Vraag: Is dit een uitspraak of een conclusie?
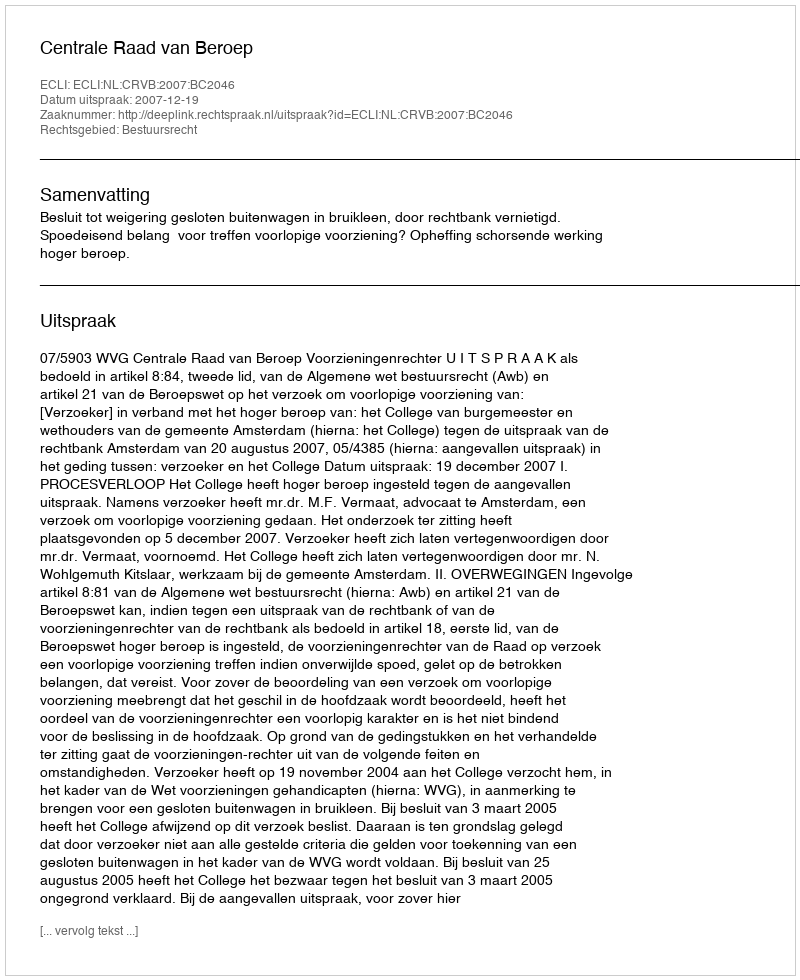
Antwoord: Uitspraak